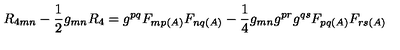
R _ { 4 m n } - \frac { 1 } { 2 } g _ { m n } R _ { 4 } = g ^ { p q } F _ { m p ( A ) } F _ { n q ( A ) } - \frac { 1 } { 4 } g _ { m n } g ^ { p r } g ^ { q s } F _ { p q ( A ) } F _ { r s ( A ) }